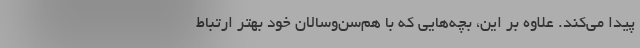
پیدا می‌کند. علاوه بر این، بچه‌هایی که با هم‌سن‌وسالان خود بهتر ارتباط